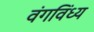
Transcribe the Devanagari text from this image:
वंगविंध्य